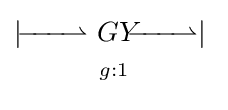
{\begin{matrix}|\ {\overset {\textstyle }{\underset {\textstyle }{\!\!\!-\!\!\!-\!\!\!-\!\!\!\rightharpoonup }}}\ GY{\overset {\textstyle }{\underset {\textstyle }{\!\!\!-\!\!\!-\!\!\!-\!\!\!\rightharpoonup }}}|\ \\^{g:1}\end{matrix}}